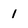
Character: 1